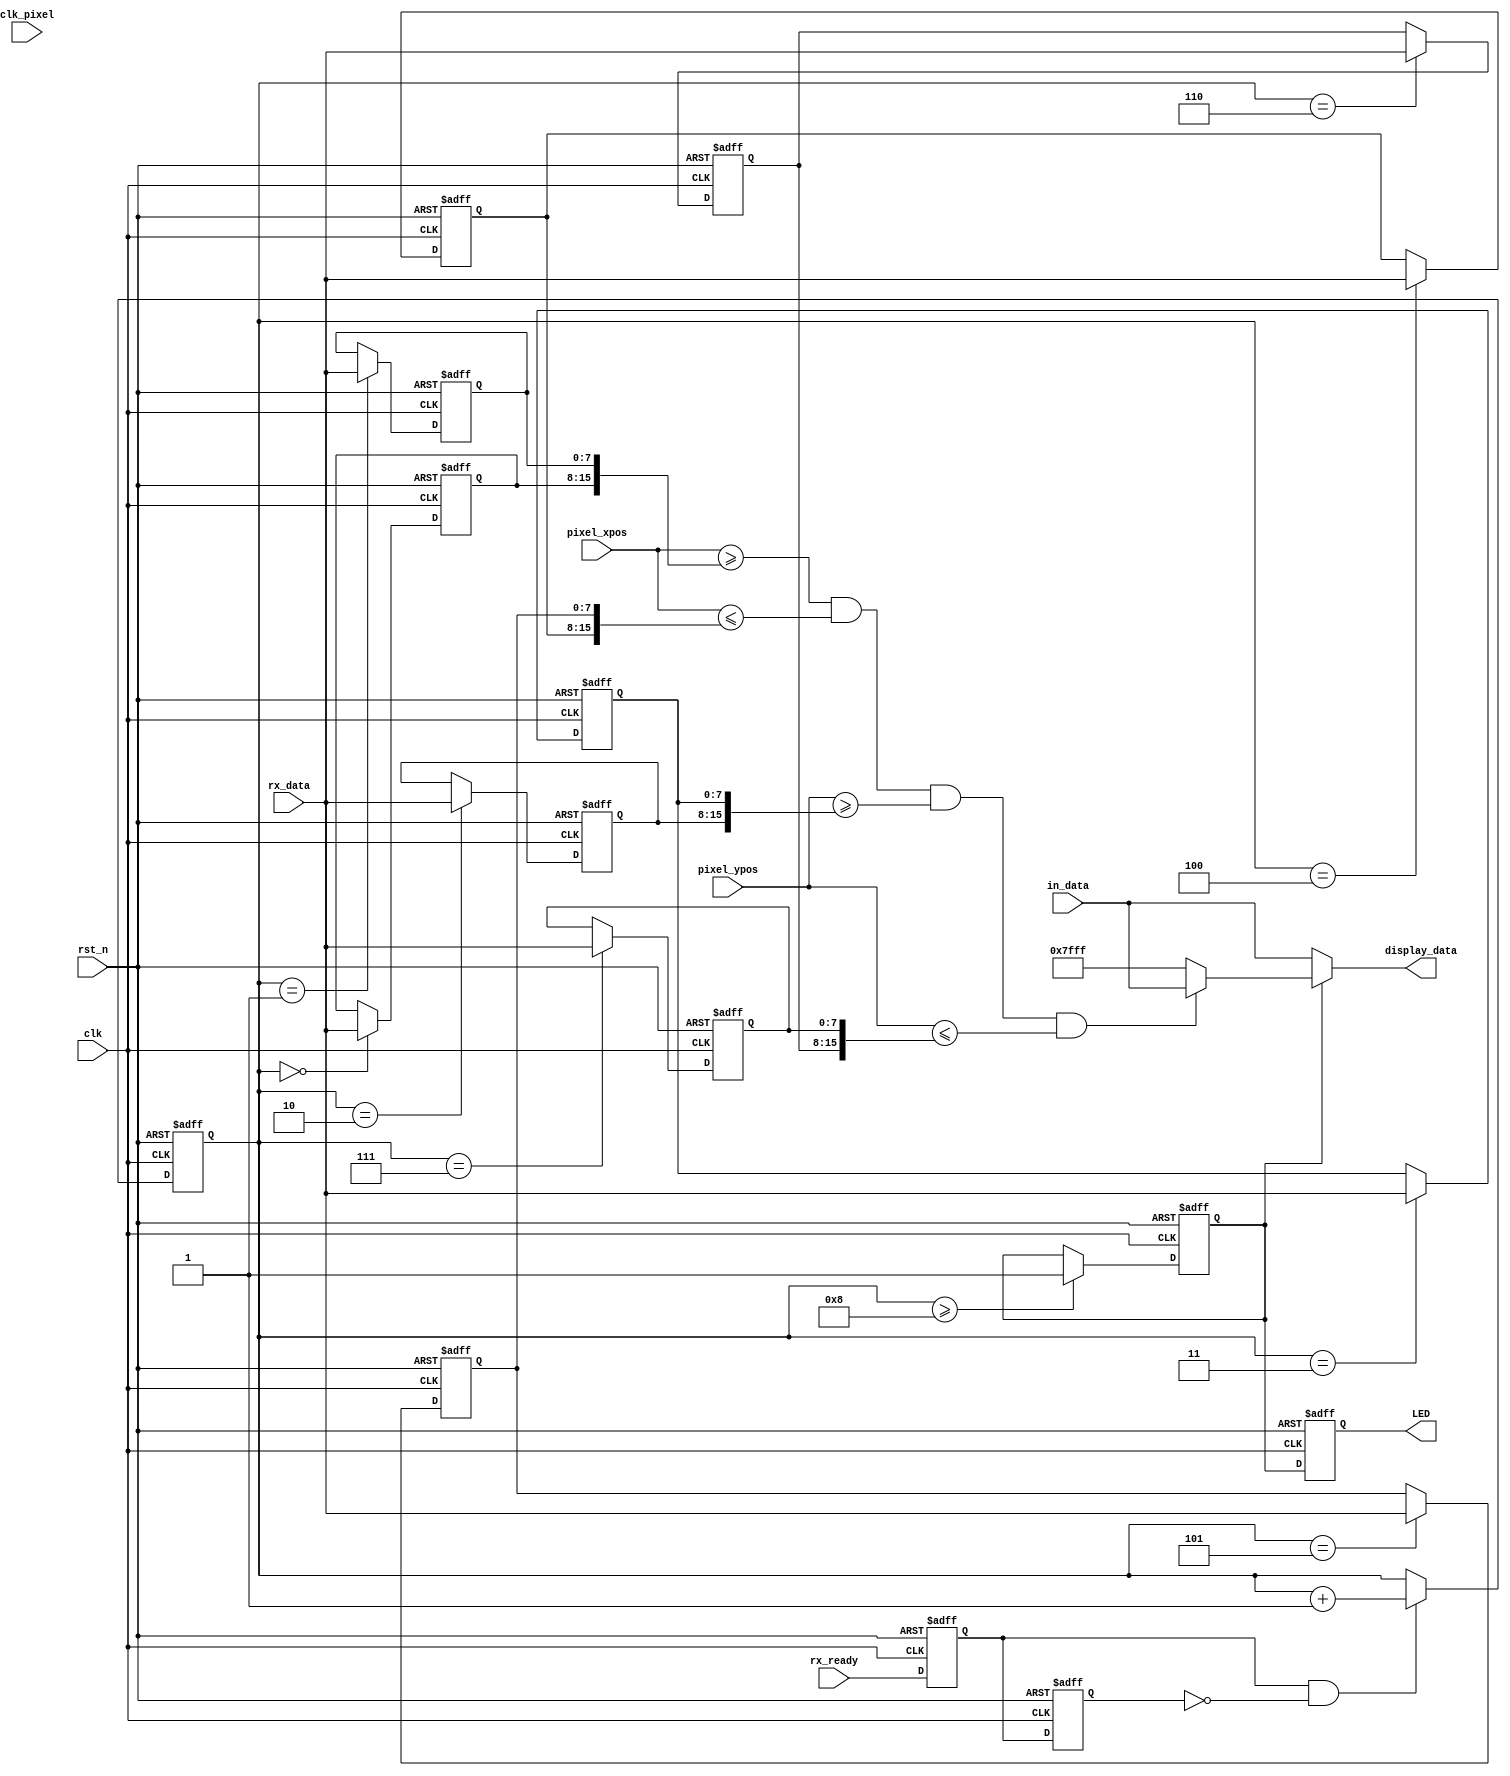
module display_ctrl(
	input clk,
	input clk_pixel,
	input rst_n,
	input [10:0] pixel_xpos,
	input [10:0] pixel_ypos,
	input [15:0] in_data,
	input rx_ready,
	input [7:0] rx_data,
	output reg LED,
	output [15:0] display_data
);

reg [3:0] count;
reg rx_ready_now;
reg rx_ready_before;
wire rx_ready_pose;
wire [15:0] data_temp;

reg [7:0] pixel_pos[7:0];

wire [15:0] x_start;
wire [15:0] y_start;
wire [15:0] x_end;  
wire [15:0] y_end;  

reg show_start;

assign rx_ready_pose = rx_ready_now & (~rx_ready_before);

always @(posedge clk or negedge rst_n)
begin
	if(!rst_n) begin rx_ready_now<=1'b0; rx_ready_before<=1'b0; end
	else
	begin
		rx_ready_now <= rx_ready;
		rx_ready_before <= rx_ready_now;
	end
end

always @(posedge clk or negedge rst_n)
begin
	if(!rst_n) begin count<=4'b0;show_start<=1'b0; end
	else 
	begin
		if(rx_ready_pose) count<=count+1'b1;
		if(count >= 4'd8) begin show_start<=1'b1; end
	end
end

always @(posedge clk or negedge rst_n)
begin
	if(!rst_n) 
	begin
		 pixel_pos[0]<=8'b0;
		 pixel_pos[1]<=8'b0;
		 pixel_pos[2]<=8'b0;
		 pixel_pos[3]<=8'b0;
		 pixel_pos[4]<=8'b0;
		 pixel_pos[5]<=8'b0;
		 pixel_pos[6]<=8'b0;
		 pixel_pos[7]<=8'b0;
	end
	else 
	begin
		case(count)
		4'd0: pixel_pos[0]<=rx_data;
		4'd1: pixel_pos[1]<=rx_data;
		4'd2: pixel_pos[2]<=rx_data;
		4'd3: pixel_pos[3]<=rx_data;
		4'd4: pixel_pos[4]<=rx_data;
		4'd5: pixel_pos[5]<=rx_data;
		4'd6: pixel_pos[6]<=rx_data;
		4'd7: pixel_pos[7]<=rx_data;
		default:;
		endcase
	end
end

assign		x_start={pixel_pos[0],pixel_pos[1]};
assign		y_start={pixel_pos[2],pixel_pos[3]};
assign		x_end={pixel_pos[4],pixel_pos[5]}; 
assign		y_end={pixel_pos[6],pixel_pos[7]};

assign data_temp=(pixel_xpos>=x_start && pixel_xpos<=x_end && pixel_ypos>=y_start && pixel_ypos<=y_end)? in_data:16'h7FFF;
assign display_data = (show_start ==1'b1) ? data_temp : in_data;

/*always @(posedge clk or negedge rst_n)
begin
	if(!rst_n)
	begin
		x_start<=12'b0;
		y_start<=12'b0;
		x_end<=12'b0;  
		y_end<=12'b0;  
	end
	else if(count == 4'd8)
	begin
		x_start<={pixel_pos[0],pixel_pos[1]};
		y_start<={pixel_pos[2],pixel_pos[3]};
		x_end<={pixel_pos[4],pixel_pos[5]}; 
		y_end<={pixel_pos[6],pixel_pos[7]};  
	end
end */

/*always @(posedge clk_pixel or negedge rst_n)
begin
	if(!rst_n) display_data<=16'b0;
	else 
	begin
		if(show_start ==1'b1)
		begin
			if(pixel_xpos>=x_start && pixel_xpos<=x_end && pixel_ypos>=y_start && pixel_ypos<=y_end)
			begin display_data<=in_data; end
			else display_data<=16'h7FFF;
		end
		else display_data<=in_data;
   end
end*/

always @(posedge clk or negedge rst_n)
begin
	if(!rst_n) LED<=1'b0;
	else LED<=show_start;
end


endmodule